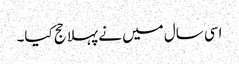
اسی سال میں نے پہلا حج کیا۔